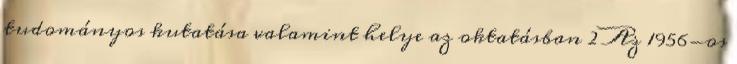
tudományos kutatása valamint helye az oktatásban 2 Az 1956-os